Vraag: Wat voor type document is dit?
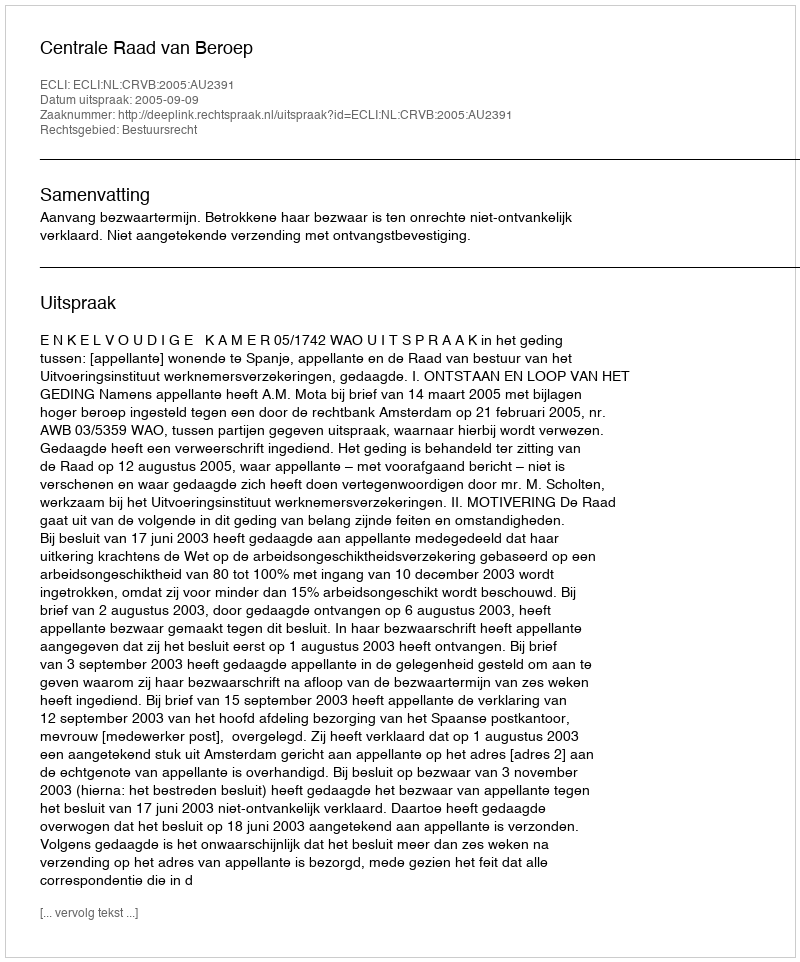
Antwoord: Uitspraak